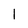
Character: 1